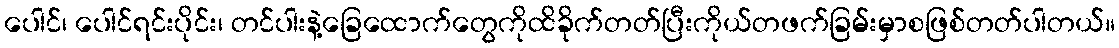
ပေါင်၊ ပေါင်ရင်းပိုင်း၊ တင်ပါးနဲ့ခြေထောက်တွေကိုထိခိုက်တတ်ပြီးကိုယ်တဖက်ခြမ်းမှာစဖြစ်တတ်ပါတယ်။